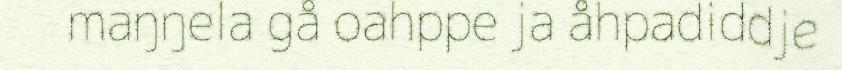
maŋŋela gå oahppe ja åhpadiddje